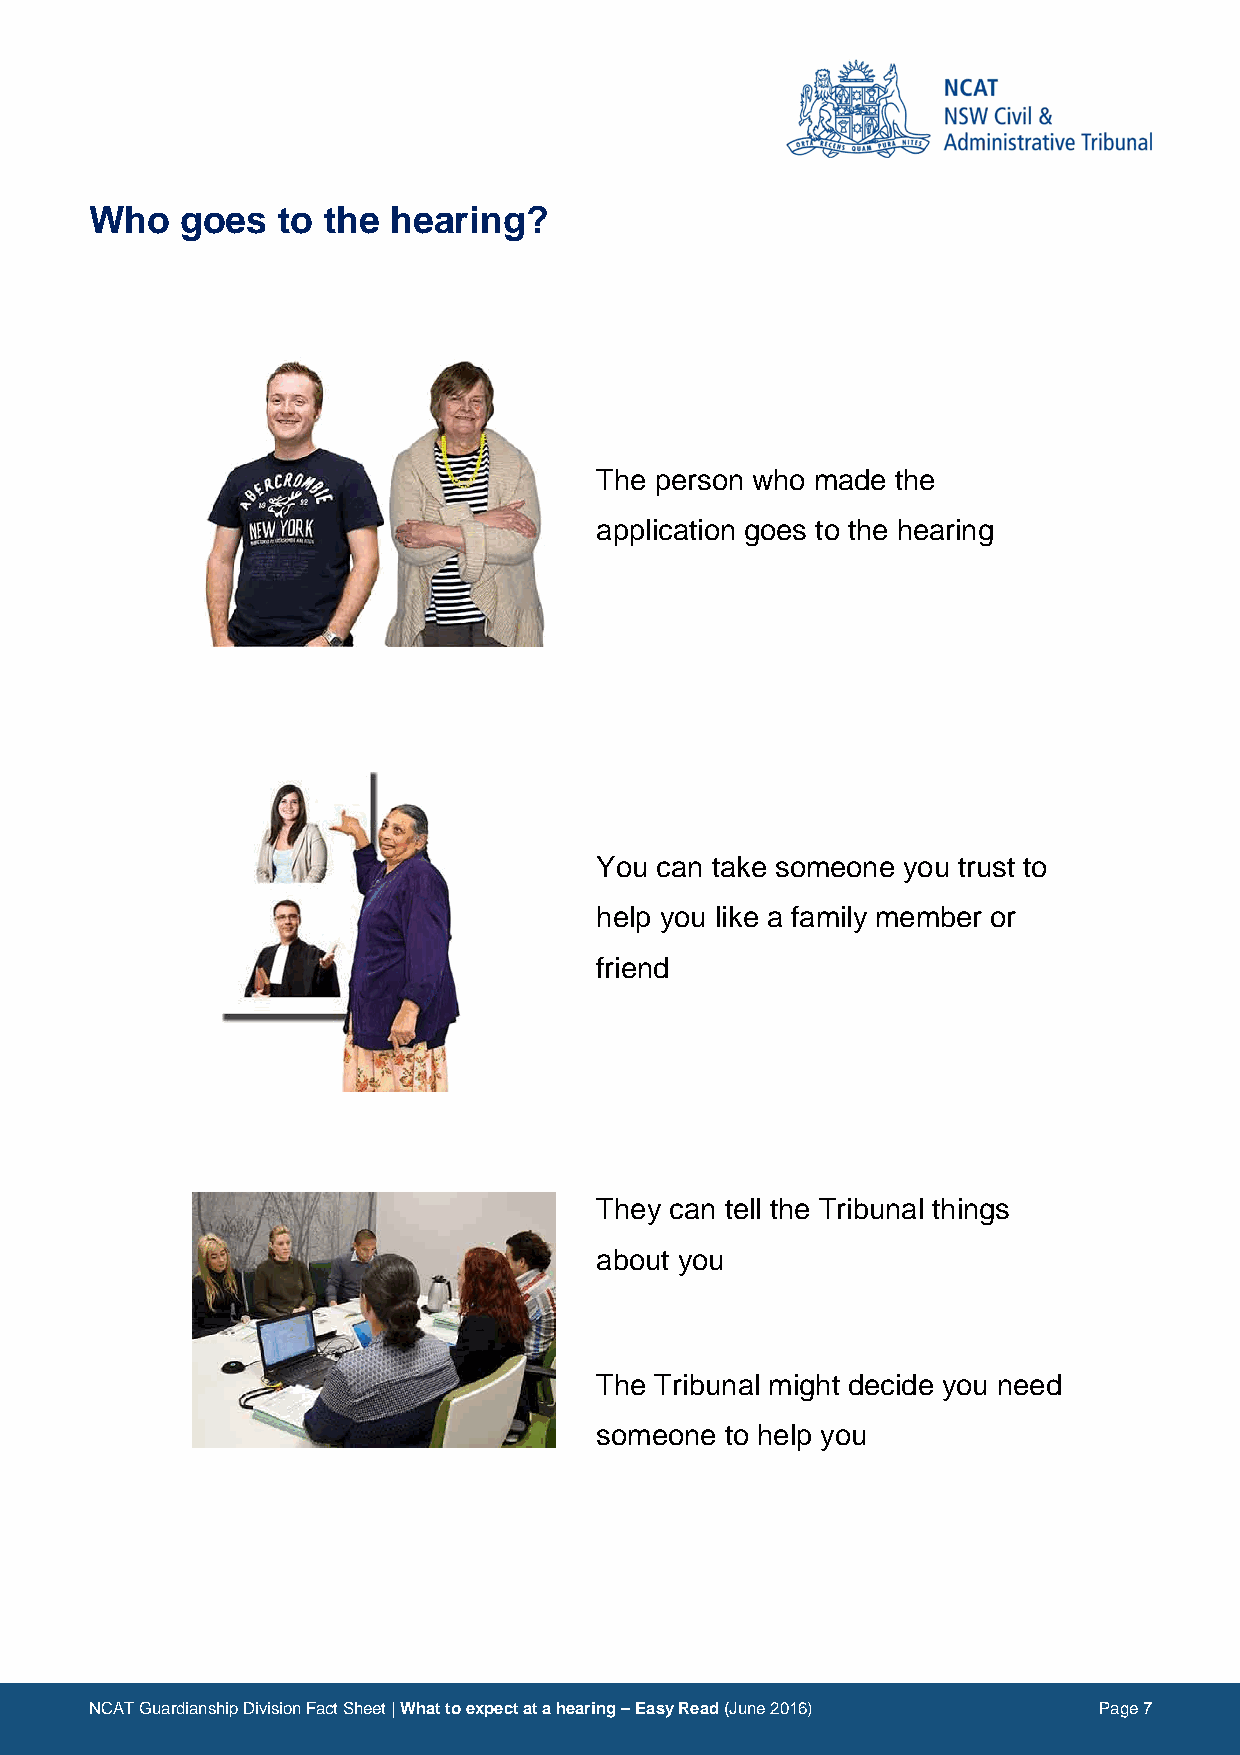
Who   goes  to the  hearing?
 Image                      Description
 The person who made the
 application goes to the hearing
 You can take someone you trust to
 help you like a family member or
 friend
 They can tell the Tribunal things
 about you
 The Tribunal might decide you need
 someone  to help you
 NCAT Guardianship Division Fact Sheet | What to expect at a hearing – Easy Read (June 2016) Page 7